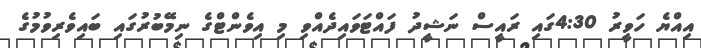
އިއްޔެ ހަވީރު 4:30ގައި ރައީސް ނަޝީދު ފައްޓަވައިދެއްވި މި އިވެންޓްގެ ނިމޭބުރުގައި ބައިވެރިވުމުގެ